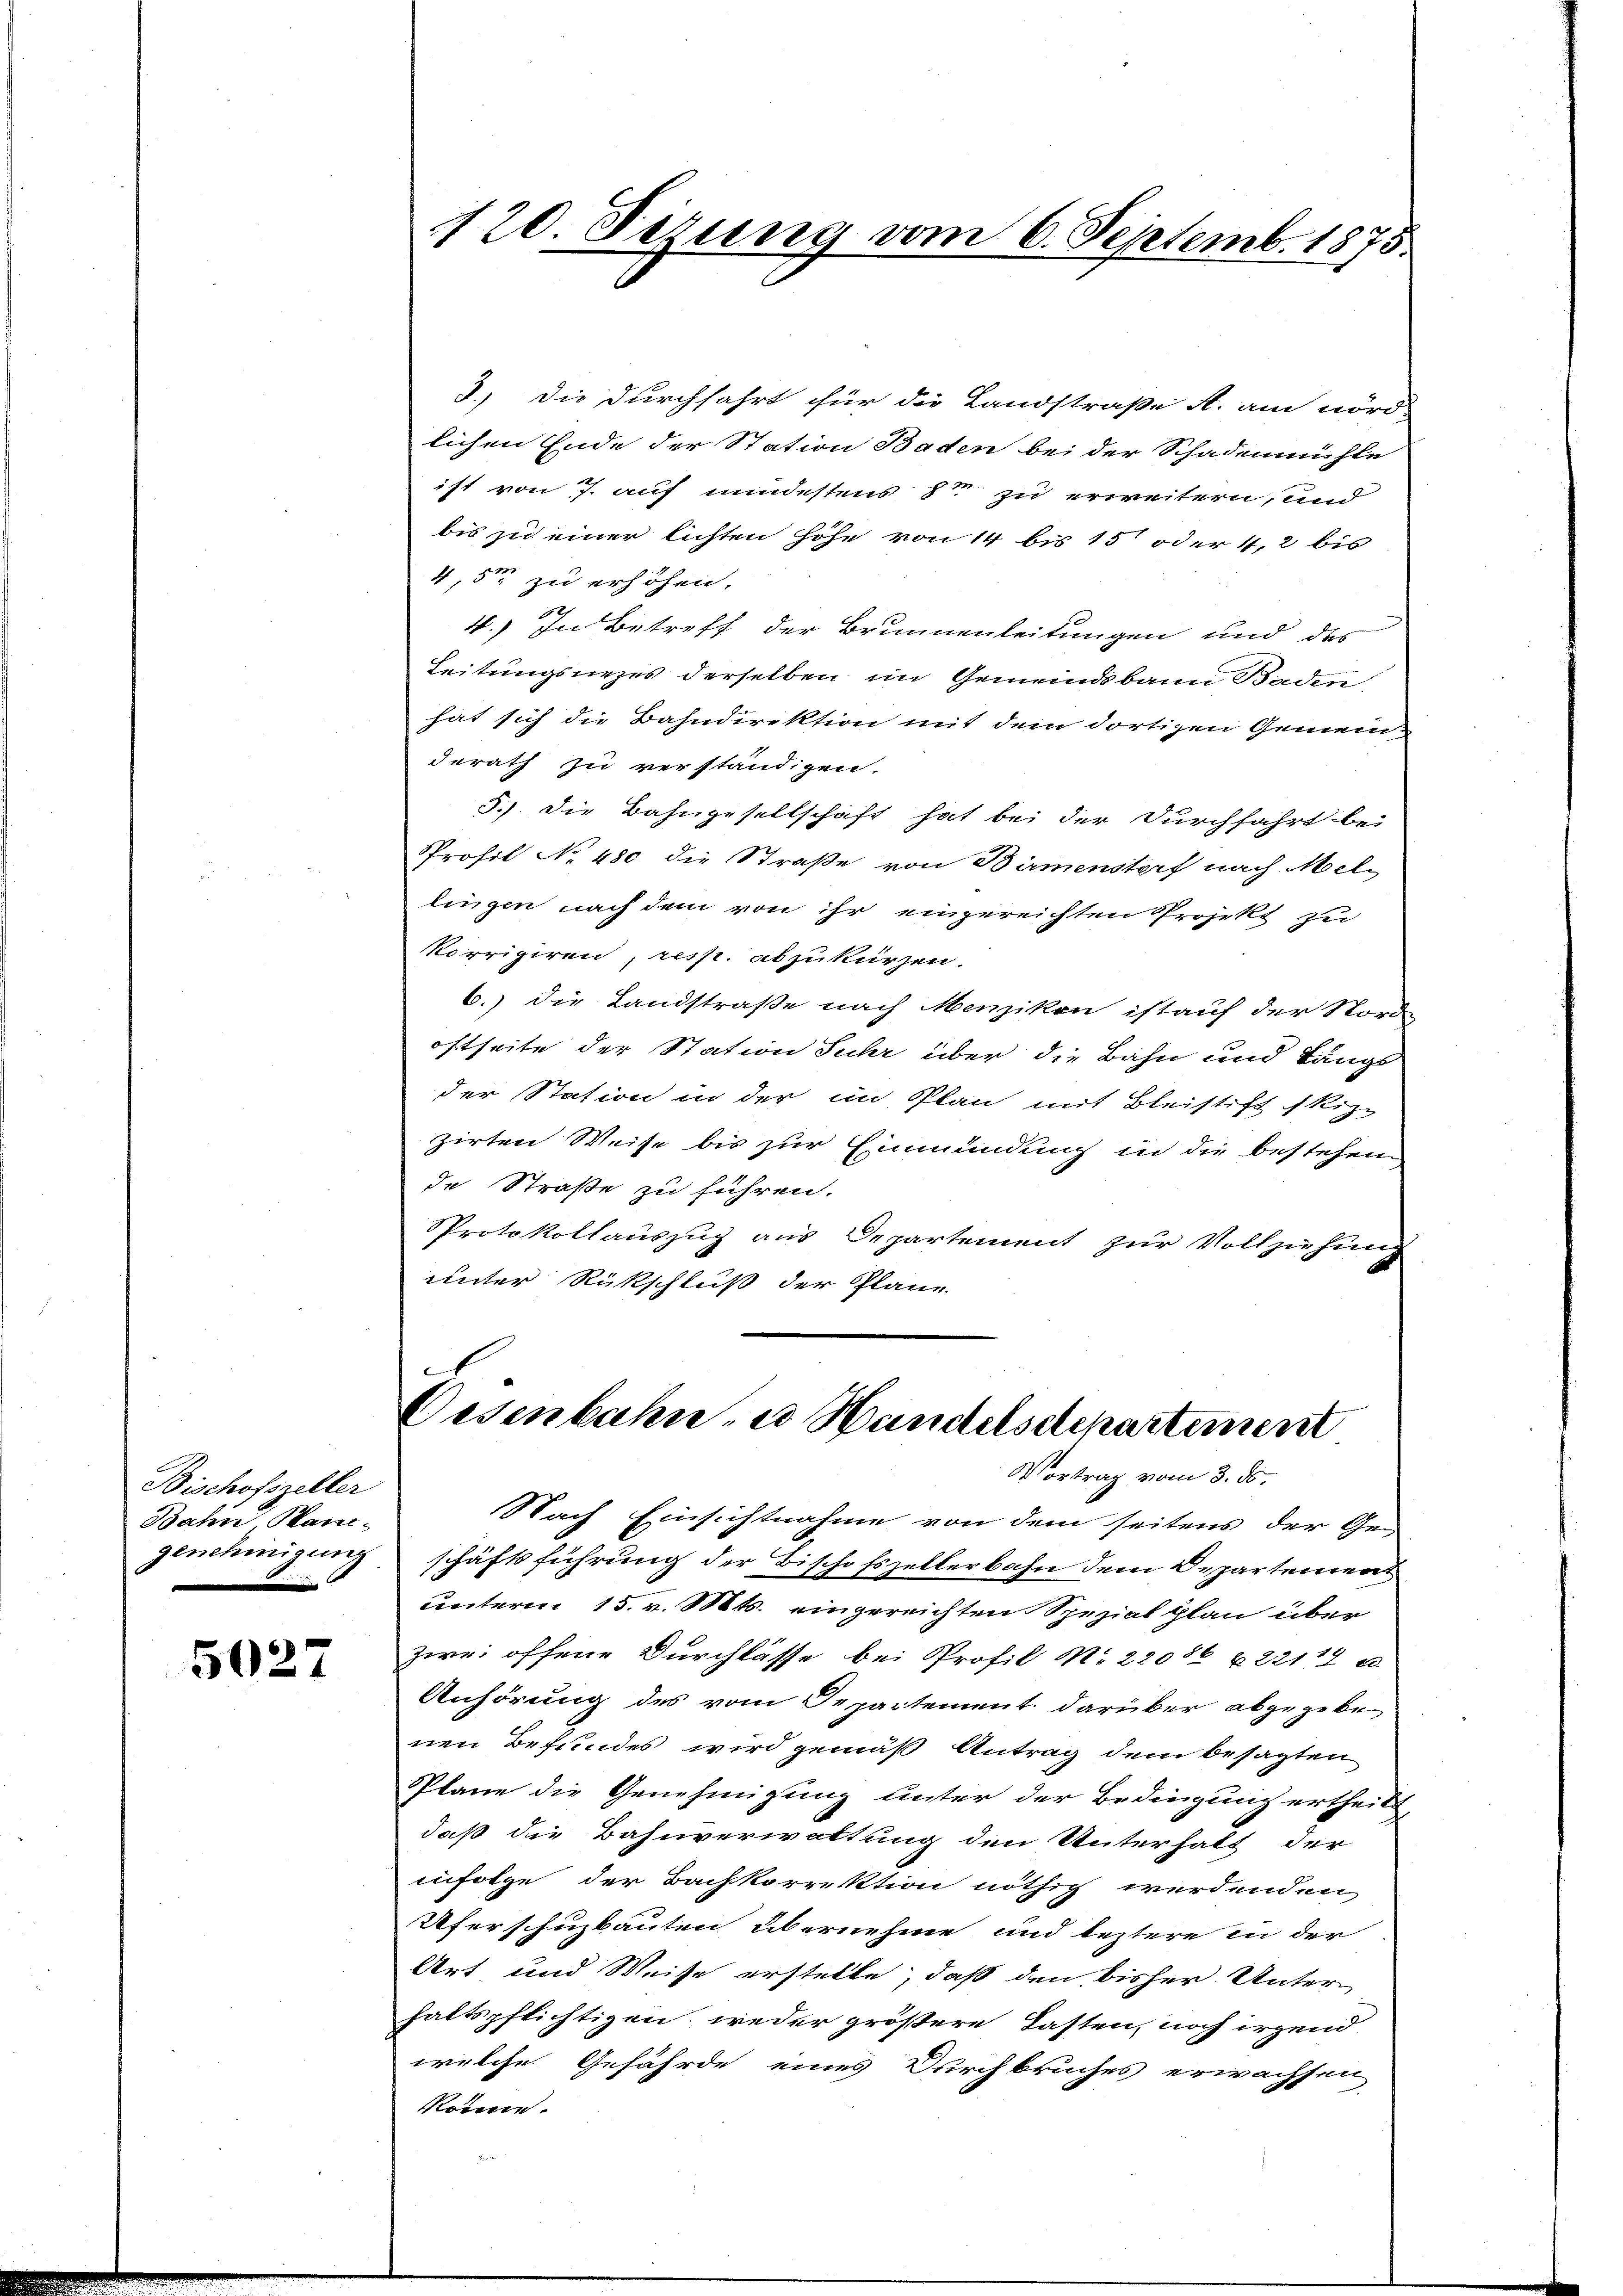
Bischofsreller
Bahn Han¬

5027

120. Dezung vom 6. Septemb. 1875.

3.) Die Durchfahrt für die Landstraße A. am nörd-
lichen Ende der Station Baden bei der Schadenmühle
ist von 7. auf mindestens 8 zu erweitern, und
bis zu einer lichten Höhe von 14 bis 15 oder 4,2 bis
4,5 zu erhöhen.
4.) In Betreff der Brunnenleitungen und des
Leitungsrezes derselben im Gemeindsbann Baden,
hat sich die Bahndirektion mit dem dortigen Gemeinderath zu verständigen.
5). Die Bahngesellschaft hat bei der Durchfahrt bei
Profil No 480 die Straße von Birmenstorf nach Mellingen nach dem von ihr eingereichten Projekt zu
korrigiren, resp. abzukürzen.
6.) Die Landstraße nach Menzikon ist auf der Nord-
oftseite der Station Suhr über die Bahn und Längs
der Station in der im Plan mit Bleistift skizz
zirten Weise bis zur Einmündung in die bestehen
de Straße zu führen.
Protokollauszug aus Departement zur Vollziehung
unter Rückschluß der Plane

Oesenbahn u Handelschepartement
Vortrag vom 3. ds.

Nach Einsichtnahme von dem seitens der Ge-
genehmigung schäftsführung der Bischofszellerbahn dem Departement
unterm 15. v. Mts. eingereichten Spezial plan über
zwei offene Durchlasse bei Profil N. 22086 622114 u.
Anhörung des vom Departement darüber abgegeben
nen Befundes wird gemäß Antrag dem besagten
Plane die Genehmigung unter der Bedingung ertheilt,
daß die Bahnverwaltung den Unterhalt der
infolge der Bachkorrektion nöthig werdenden,
Uferschuzbauten übernehme und leztere in der
Art und Weise erstelle, daß den bisher Unterhaltspflichtigen weder größere Lasten, noch irgend
welche Gefährde eines Durchbruches erwachsen
Rönne.